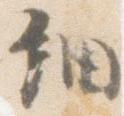
細